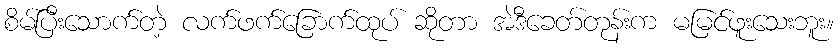
စိမ်ပြီးသောက်တဲ့ လက်ဖက်ခြောက်ထုပ် ဆိုတာ အဲဒီခေတ်တုန်းက မမြင်ဖူးသေးဘူး။